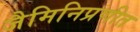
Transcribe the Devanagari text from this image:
जैमिनिप्रणीत